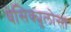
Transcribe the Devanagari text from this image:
वेसिक्युलोसा